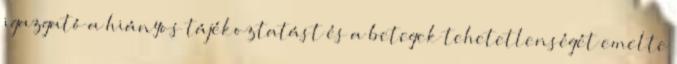
igazgató a hiányos tájékoztatást és a betegek tehetetlenségét emelte